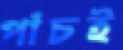
পাঁচই